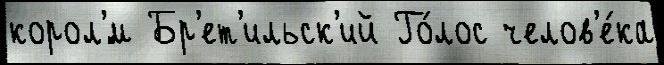
корол'́м Бр'ет'ильск'ий Го́лос челов'е́ка